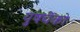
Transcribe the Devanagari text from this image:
युषचेंको